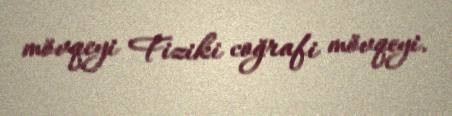
mövqeyi Fiziki coğrafi mövqeyi.